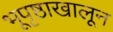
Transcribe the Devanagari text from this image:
भूपृष्ठाखालून